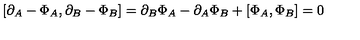
[ \partial _ { A } - \Phi _ { A } , \partial _ { B } - \Phi _ { B } ] = \partial _ { B } \Phi _ { A } - \partial _ { A } \Phi _ { B } + [ \Phi _ { A } , \Phi _ { B } ] = 0